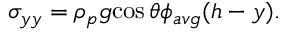
\sigma _ { y y } = \rho _ { p } { g } { \cos \theta } \phi _ { a v g } ( h - y ) .